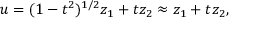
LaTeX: u = ( 1 - t ^ { 2 } ) ^ { 1 / 2 } z _ { 1 } + t z _ { 2 } \approx z _ { 1 } + t z _ { 2 } ,